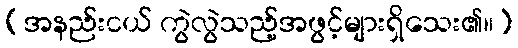
(အနည်းငယ် ကွဲလွဲသည့်အဖွင့်များရှိသေး၏။)